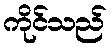
ကိုင်သည်